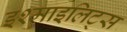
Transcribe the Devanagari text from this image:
इश्माइलिट्स